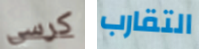
كرسي التقارب